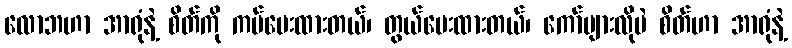
လောဘဟာ အာရုံနဲ့ စိတ်ကို ကပ်ပေးထားတယ်၊ တွယ်ပေးထားတယ်၊ ကော်များလိုပဲ စိတ်ဟာ အာရုံနဲ့